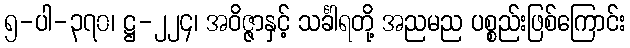
၅-ပါ-၃၇၀၊ ဋ္ဌ-၂၂၄၊ အဝိဇ္ဇာနှင့် သင်္ခါရတို့ အညမည ပစ္စည်းဖြစ်ကြောင်း